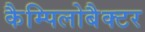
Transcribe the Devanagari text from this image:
कैम्पिलोबैक्टर